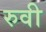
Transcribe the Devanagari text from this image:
रुवी